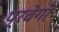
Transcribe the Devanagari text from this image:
प्रवेगा